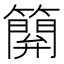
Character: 𥴥